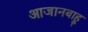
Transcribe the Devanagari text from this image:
आजानबाहू